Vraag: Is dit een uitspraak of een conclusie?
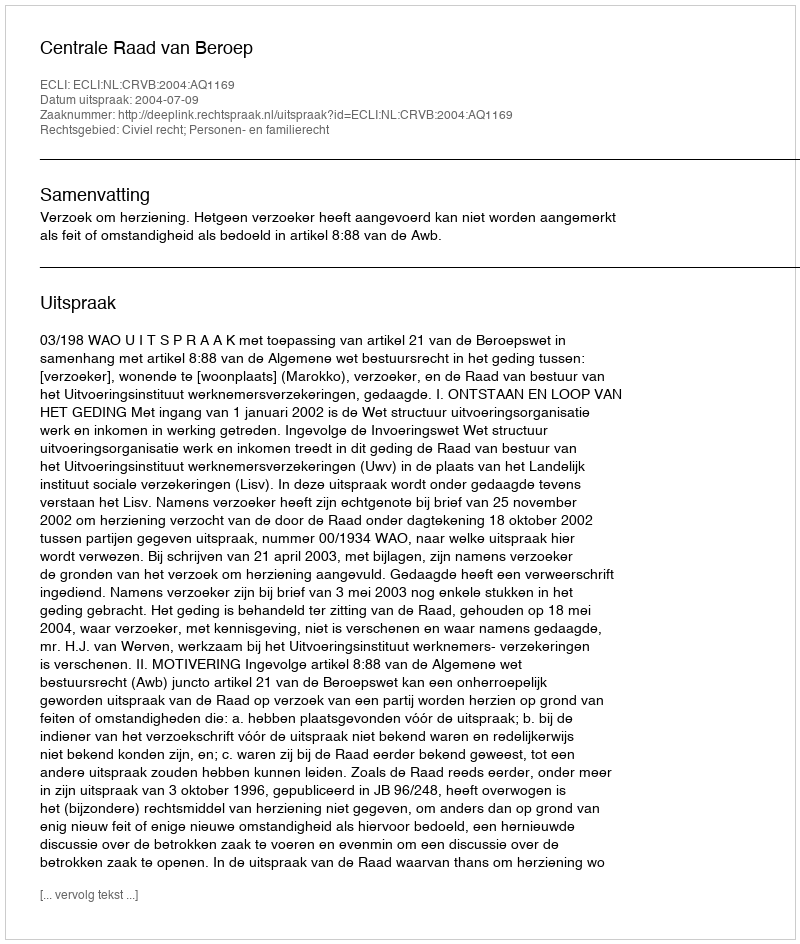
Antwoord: Uitspraak